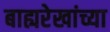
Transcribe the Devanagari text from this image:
बाह्यरेखांच्या